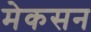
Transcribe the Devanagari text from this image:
मेकसन